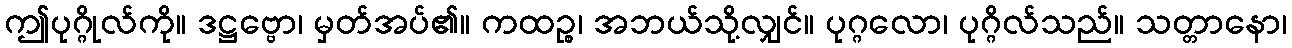
ဤပုဂ္ဂိုလ်ကို။ ဒဋ္ဌဗ္ဗော၊ မှတ်အပ်၏။ ကထဉ္စ၊ အဘယ်သို့လျှင်။ ပုဂ္ဂလော၊ ပုဂ္ဂိလ်သည်။ သတ္တာနော၊